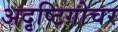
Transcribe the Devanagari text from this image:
अदृष्टिगोचर